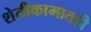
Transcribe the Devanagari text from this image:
शेतीकामातही